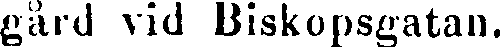
gård vid Biskopsgatan.